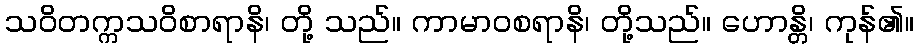
သဝိတက္ကသဝိစာရာနိ၊ တို့ သည်။ ကာမာဝစရာနိ၊ တို့သည်။ ဟောန္တိ၊ ကုန်၏။